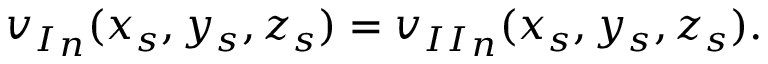
{ v _ { I } } _ { n } ( x _ { s } , y _ { s } , z _ { s } ) = { v _ { I I } } _ { n } ( x _ { s } , y _ { s } , z _ { s } ) .